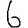
Digit: 6